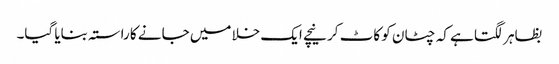
بظاہر لگتا ہے کہ چٹان کو کاٹ کر نیچے ایک خلا میں جانے کا راستہ بنایا گیا۔